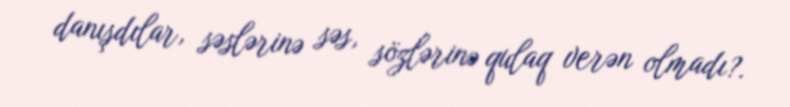
danışdılar, səslərinə səs, sözlərinə qulaq verən olmadı?.